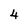
Character: 4